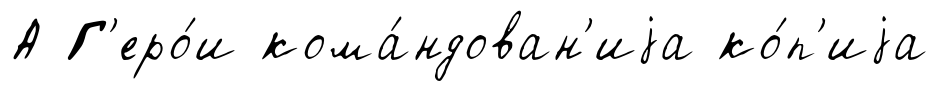
А Г'еро́и кома́ндован'иjа ко́п'иjа